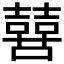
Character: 𫬔